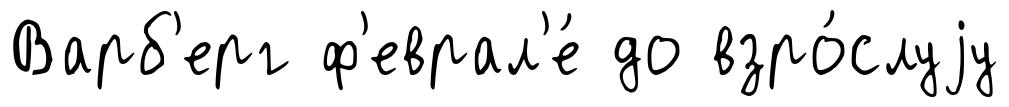
Варб'ерг ф'еврал'е́ до взро́слуjу